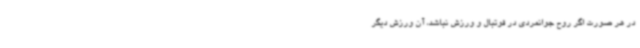
در هر صورت اگر روح جوانمردی در فوتبال و ورزش نباشد، آن ورزش دیگر